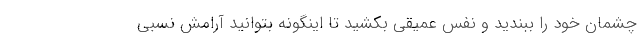
چشمان خود را ببندید و نفس عمیقی بکشید تا اینگونه بتوانید آرامش نسبی